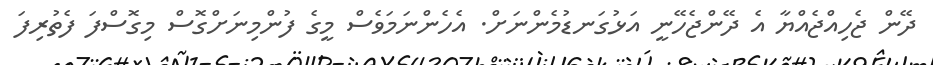
ދޭން ޖެހިއްޖެއްޔާ އެ ދޭންޖެހޭނީ އަޅުގަނޑުމެންނަށް. އެހެންނަމަވެސް މީގެ ފުންމިނަށްގޮސް މިގޮސްފަ ފެތުރިފަ